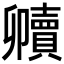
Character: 𮚧